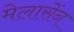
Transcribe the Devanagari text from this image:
मेलासेंन